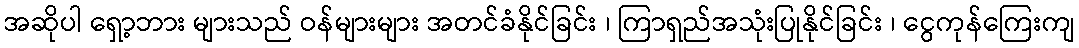
အဆိုပါ ရှော့ဘား များသည် ဝန်များများ အတင်ခံနိုင်ခြင်း ၊ ကြာရှည်အသုံးပြုနိုင်ခြင်း ၊ ငွေကုန်ကြေးကျ